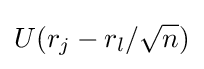
U(r_{j}-r_{l}/{\sqrt {n}})